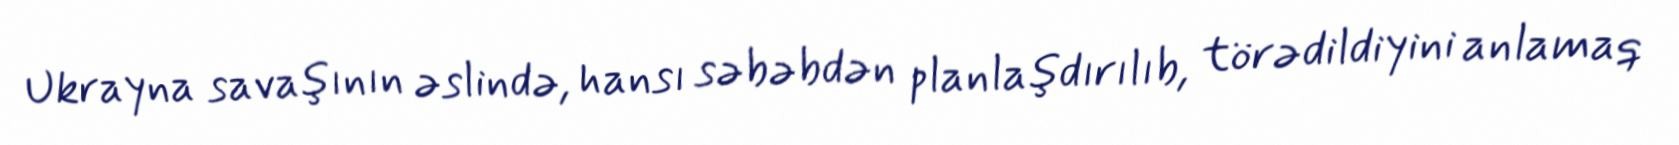
Ukrayna savaşının əslində, hansı səbəbdən planlaşdırılıb, törədildiyini anlamaq